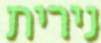
נירית